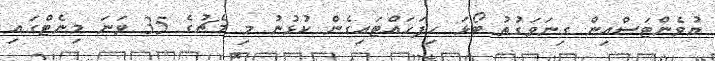
ޔުވެންޓަސްއިން ގިނަވަގުތު ބޯޅަ ހިފަހައްޓައިގެން ކުޅުނު މި މެޗުގެ 35 ވަނަ މިނެޓްގައި